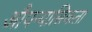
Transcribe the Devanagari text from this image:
औपन्यासिकता